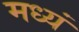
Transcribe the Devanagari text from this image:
मध्यं